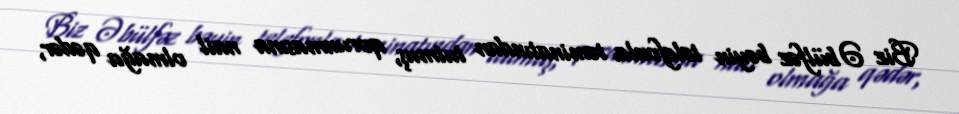
Biz Əbülfəz bəyin telefonla təminatından tutmuş, qorunmasına nail olmağa qədər,